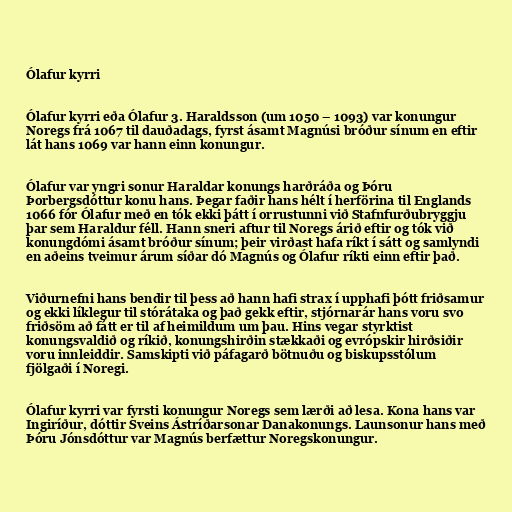
Ólafur kyrri

Ólafur kyrri eða Ólafur 3. Haraldsson (um 1050 – 1093) var konungur
Noregs frá 1067 til dauðadags, fyrst ásamt Magnúsi bróður sínum en eftir
lát hans 1069 var hann einn konungur.

Ólafur var yngri sonur Haraldar konungs harðráða og Þóru
Þorbergsdóttur konu hans. Þegar faðir hans hélt í herförina til Englands
1066 fór Ólafur með en tók ekki þátt í orrustunni við Stafnfurðubryggju
þar sem Haraldur féll. Hann sneri aftur til Noregs árið eftir og tók við
konungdómi ásamt bróður sínum; þeir virðast hafa ríkt í sátt og samlyndi
en aðeins tveimur árum síðar dó Magnús og Ólafur ríkti einn eftir það.

Viðurnefni hans bendir til þess að hann hafi strax í upphafi þótt friðsamur
og ekki líklegur til stórátaka og það gekk eftir, stjórnarár hans voru svo
friðsöm að fátt er til af heimildum um þau. Hins vegar styrktist
konungsvaldið og ríkið, konungshirðin stækkaði og evrópskir hirðsiðir
voru innleiddir. Samskipti við páfagarð bötnuðu og biskupsstólum
fjölgaði í Noregi.

Ólafur kyrri var fyrsti konungur Noregs sem lærði að lesa. Kona hans var
Ingiríður, dóttir Sveins Ástríðarsonar Danakonungs. Launsonur hans með
Þóru Jónsdóttur var Magnús berfættur Noregskonungur.